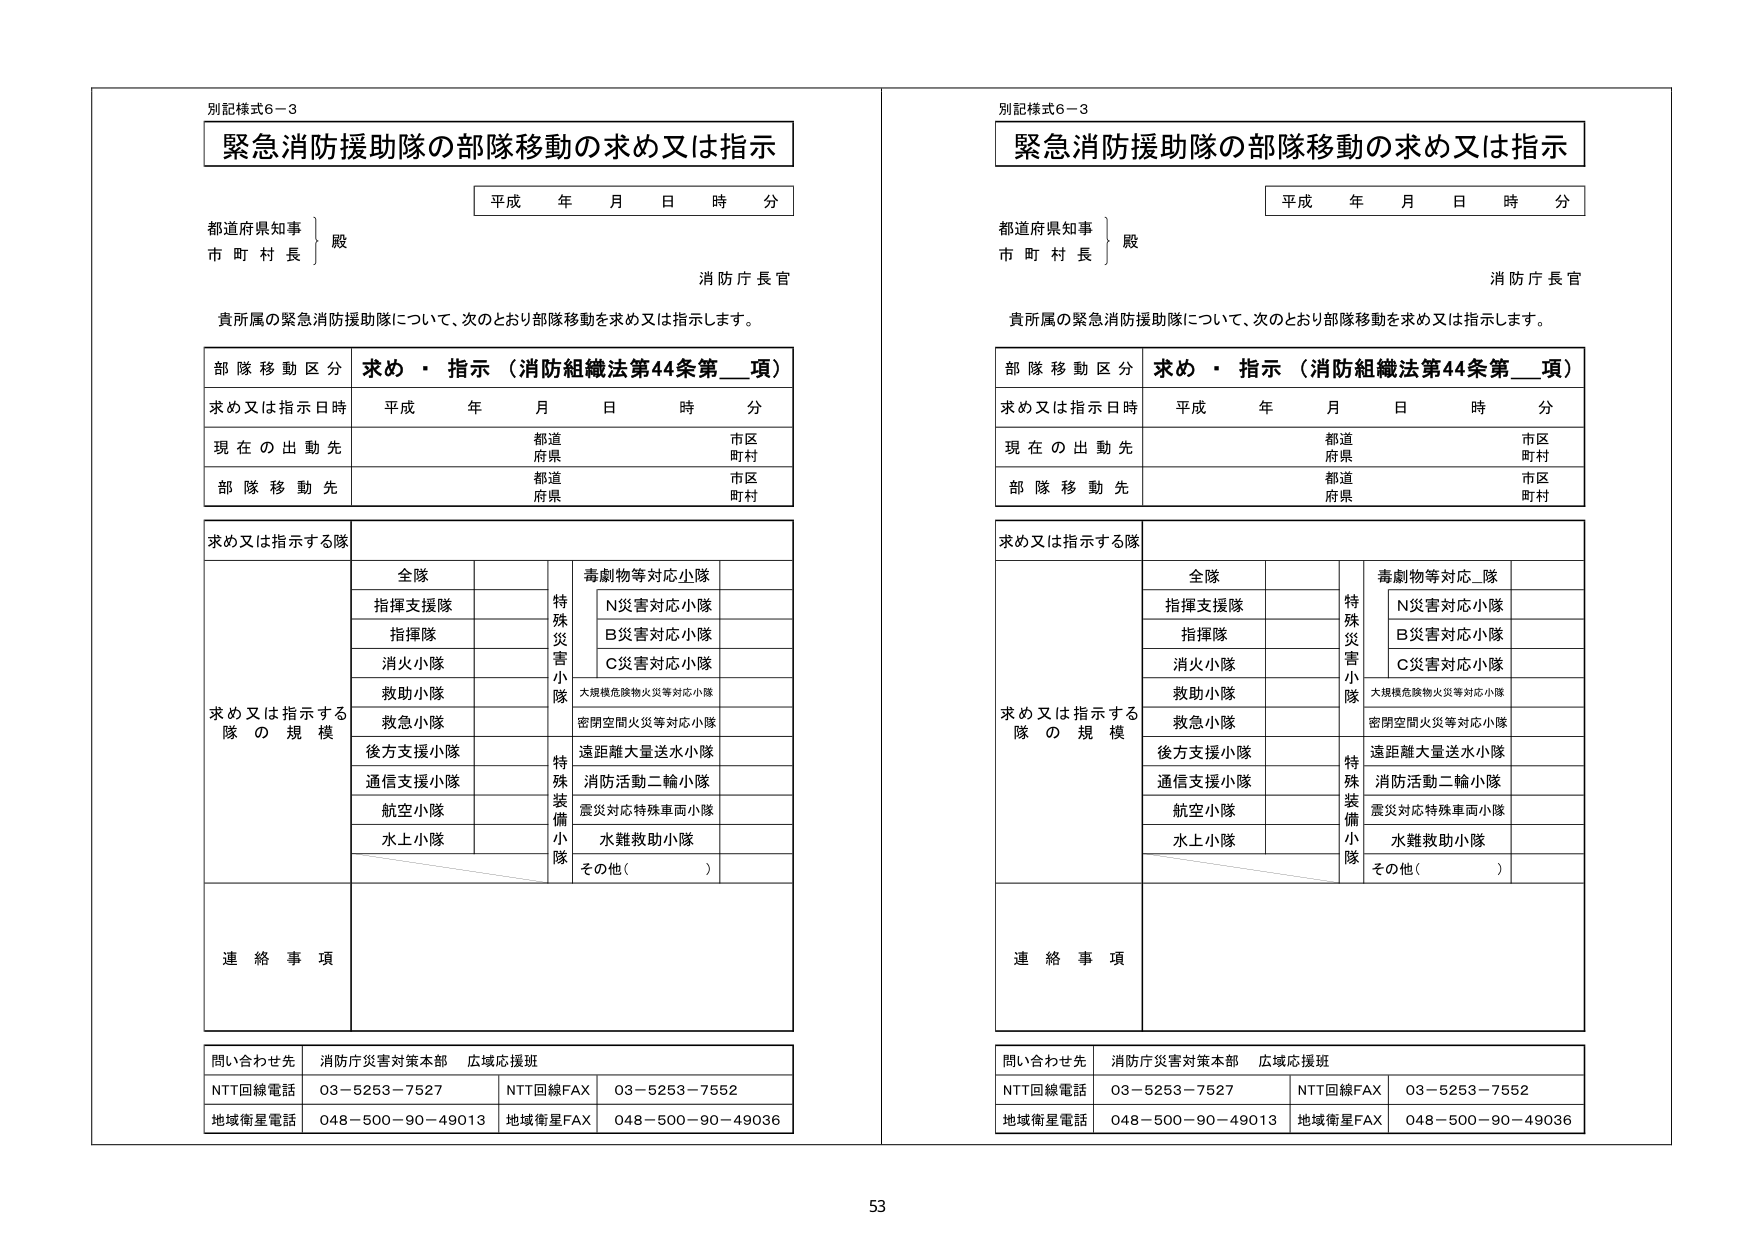
別記様式6－3
緊急消防援助隊の部隊移動の求め又は指示
平成 年 月 日 時 分
都道府県知事
市 町 村 長
殿
消防庁長官
貴所属の緊急消防援助隊について、次のとおり部隊移動を求め又は指示します。
部隊移動区分 求め・指示（消防組織法第44条第＿項）
求め又は指示日時 平成 年 月 日 時 分
現在の出動先 都道 市区
府県 町村
部隊移動先 都道 市区
府県 町村
求め又は指示する隊
全隊
指揮支援隊
指揮隊
消火小隊
救助小隊
救急小隊
後方支援小隊
通信支援小隊
航空小隊
水上小隊
特殊災害小隊
毒劇物等対応小隊
N災害対応小隊
B災害対応小隊
C災害対応小隊
大規模危険物火災等対応小隊
密閉空間火災等対応小隊
遠距離大量送水小隊
消防活動二輪小隊
震災対応特殊車両小隊
水難救助小隊
その他（ ）
求め又は指示する隊の規模
連絡事項
問い合わせ先 消防庁災害対策本部 広域応援班
NTT回線電話 03－5253－7527
NTT回線FAX 03－5253－7552
地域衛星電話 048－500－90－49013
地域衛星FAX 048－500－90－49036

別記様式6－3
緊急消防援助隊の部隊移動の求め又は指示
平成 年 月 日 時 分
都道府県知事
市 町 村 長
殿
消防庁長官
貴所属の緊急消防援助隊について、次のとおり部隊移動を求め又は指示します。
部隊移動区分 求め・指示（消防組織法第44条第＿項）
求め又は指示日時 平成 年 月 日 時 分
現在の出動先 都道 市区
府県 町村
部隊移動先 都道 市区
府県 町村
求め又は指示する隊
全隊
指揮支援隊
指揮隊
消火小隊
救助小隊
救急小隊
後方支援小隊
通信支援小隊
航空小隊
水上小隊
特殊災害小隊
毒劇物等対応小隊
N災害対応小隊
B災害対応小隊
C災害対応小隊
大規模危険物火災等対応小隊
密閉空間火災等対応小隊
遠距離大量送水小隊
消防活動二輪小隊
震災対応特殊車両小隊
水難救助小隊
その他（ ）
求め又は指示する隊の規模
連絡事項
問い合わせ先 消防庁災害対策本部 広域応援班
NTT回線電話 03－5253－7527
NTT回線FAX 03－5253－7552
地域衛星電話 048－500－90－49013
地域衛星FAX 048－500－90－49036

53